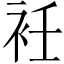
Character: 衽